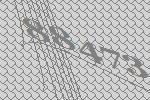
88473